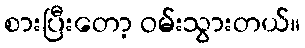
စားပြီးတော့ ဝမ်းသွားတယ်။